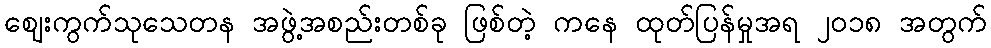
ဈေးကွက်သုသေတန အဖွဲ့အစည်းတစ်ခု ဖြစ်တဲ့ ကနေ ထုတ်ပြန်မှုအရ ၂၀၁၈ အတွက်